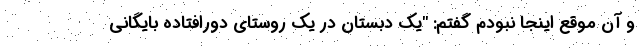
و آن موقع اینجا نبودم گفتم: "یک دبستان در یک روستای دورافتاده بایگانی